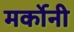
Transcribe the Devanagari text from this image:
मर्कोनी